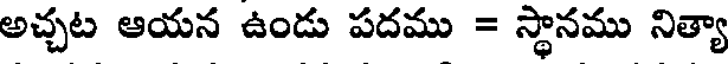
అచ్చట ఆయన ఉండు పదము = స్థానము నిత్యా